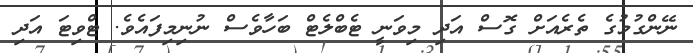
ނޭންގުމުގެ ތެރެއަށް ގޮސް އަދި މިވަނީ ޓެބްލެޓް ބަހާވެސް ނުނިމިފައެވެ. ޓްވިޓަ އަދި